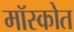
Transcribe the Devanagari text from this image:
मॉस्कोत